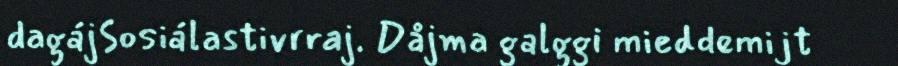
dagájSosiálastivrraj. Dåjma galggi mieddemijt